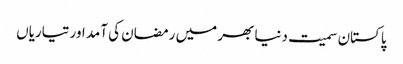
پاکستان سمیت دنیا بھر میں رمضان کی آمد اور تیاریاں